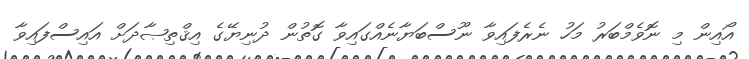
އޯއިން މި ނޮވެމްބަރު މަހު ނެރެފައިވާ ނޫސްބަޔާނެއްގައިވާ ގޮތުން ދުނިޔޭގެ އިޤްތިޞާދަށް އައިސްފައިވާ